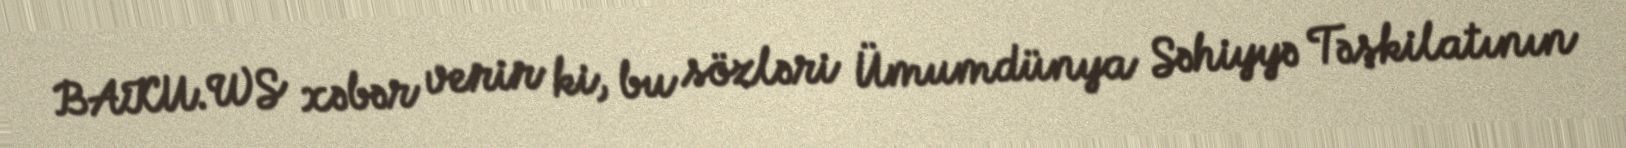
BAKU.WS xəbər verir ki, bu sözləri Ümumdünya Səhiyyə Təşkilatının